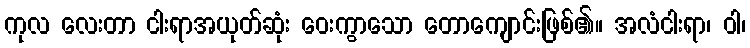
ကုလ လေးတာ ငါးရာအယုတ်ဆုံး ဝေးကွာသော တောကျောင်းဖြစ်၏။ အလံငါးရာ၊ ဝါ၊